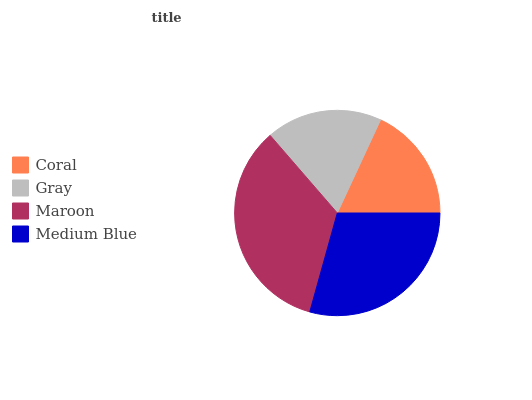
| Coral | Gray | Maroon | Medium Blue |
 | --- | --- | --- | --- |
 | 18.1% | 18.3% | 34.3% | 29.3% |